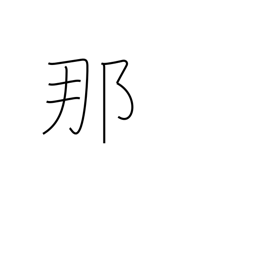
Meaning: what?